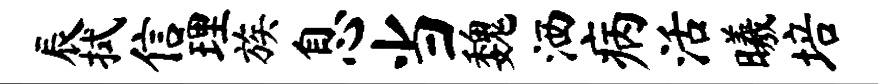
辰拭信理族息当魏洒病活曦培